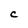
Character: C